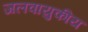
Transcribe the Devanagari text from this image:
जलवायुकीय